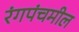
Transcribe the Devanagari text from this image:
रंगपंचमील